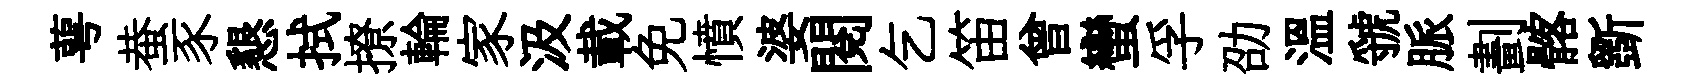
萼蛬豕懇拭撩輪家汲載免憤婆閲乞笛曾蠻孚劭温虢脈劃髂斵